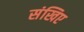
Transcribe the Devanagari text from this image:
संखिए